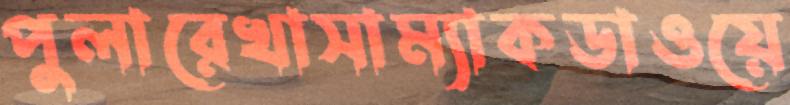
পুলারেখাসাম্যাকডাওয়ে